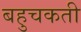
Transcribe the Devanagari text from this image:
बहुचकती